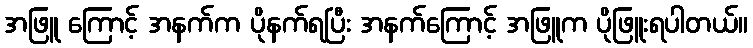
အဖြူ ကြောင့် အနက်က ပိုနက်ရပြီး အနက်ကြောင့် အဖြူက ပိုဖြူးရပါတယ်။